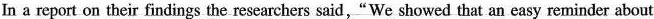
In a report on their findings the researchers said," We showed that an easy reminder about